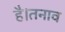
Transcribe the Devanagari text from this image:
है।तनाव